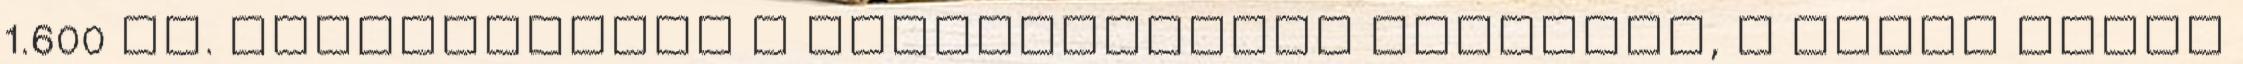
1.600 Ft. Elindítottam a Neverordinary Galériát, a poszt képei